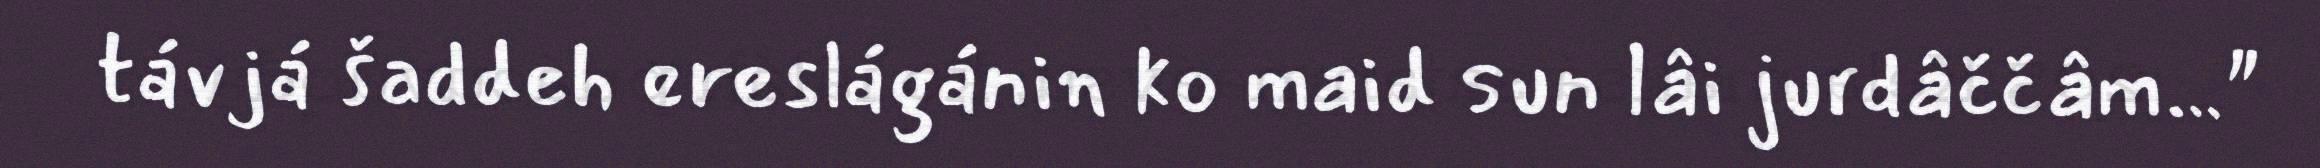
távjá šaddeh ereslágánin ko maid sun lâi jurdâččâm…"